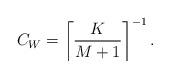
LaTeX: \begin{align*}C_{W} = \left\lceil \frac{K}{M+1}\right\rceil^{-1}.\end{align*}